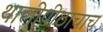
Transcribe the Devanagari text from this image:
थालीपीठाचाच